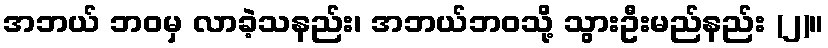
အဘယ် ဘဝမှ လာခဲ့သနည်း၊ အဘယ်ဘဝသို့ သွားဦးမည်နည်း (၂)။